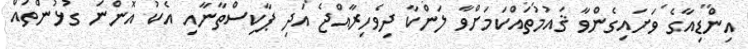
އިންޑިއާގެ ވަށައިގެންވާ ޤައުމުތައްކަމަށްވާ ލަންކާ ދިވެހިރާއްޖެ އަދި ޕާކިސްތާނާއި އެކު އޮންނަ ގުޅުންތައް